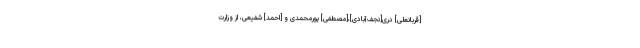
[قربانعلی] درى[نجف‌آبادی]،[مصطفی] پورمحمدى و [احمد] شفیعى، از وزارت